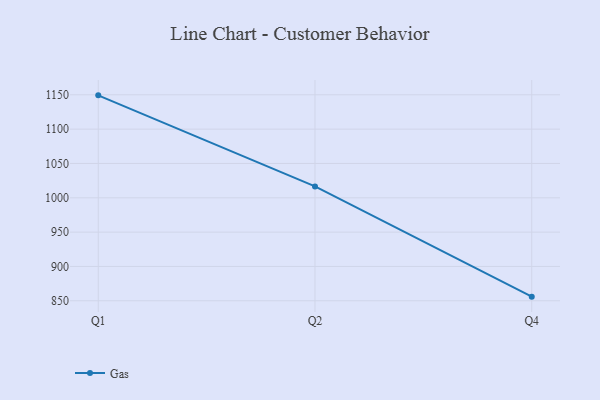
{"axis": {"x": "Quarter", "y": "Gross Profit (USD K)"}, "legend": ["Gas"], "data": [{"x": "Q1", "y": 1149.2, "type": "Gas"}, {"x": "Q2", "y": 1016.6, "type": "Gas"}, {"x": "Q4", "y": 856.0, "type": "Gas"}]}